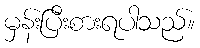
မှန်းပြီးစားရပါသည်။